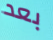
بعد